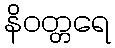
နိဝတ္တရေ